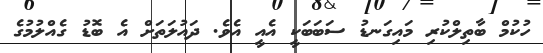
ހުކުމް ބާތިލްކުރި މައިގަނޑު ސަބަބަކީ އެއީ އެވެ. ދައުލަތަށް އެ ބޮޑު ގެއްލުމުގެ